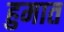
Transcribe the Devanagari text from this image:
हुमात